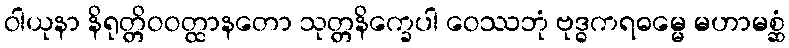
ဝါယုနာ နိရုတ္တိဝဝတ္ထာနတော သုတ္တနိက္ခေပါ ဝေဿဘုံ ဗုဒ္ဓကရဓမ္မေ မဟာမစ္ဆံ